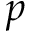
p